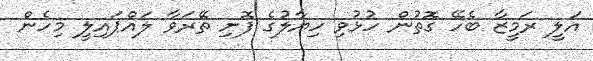
އަލީ ރަމީޒާ ބެހޭ ގޮތުން ހުޅުވި ހިޔާލުގެ ފޮށި ތޭރަވާ ލައްޕައިލީ މިހެން